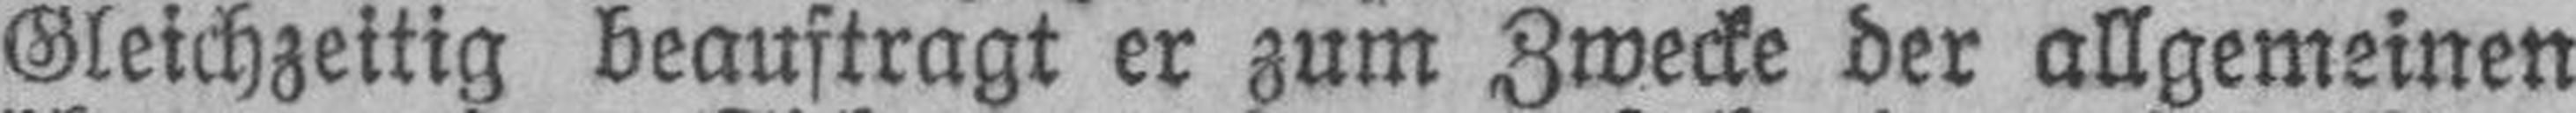
Gleichzeitig beauftragt er zum Zwecke der allgemeinen